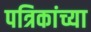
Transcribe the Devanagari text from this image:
पत्रिकांच्या